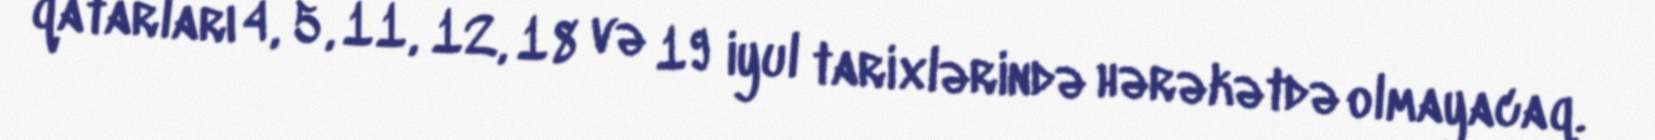
qatarları 4, 5, 11, 12, 18 və 19 iyul tarixlərində hərəkətdə olmayacaq.